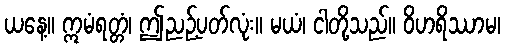
ယနေ့။ ဣမံရတ္တံ၊ ဤညဉ့်ပတ်လုံး။ မယံ၊ ငါတို့သည်။ ဝိဟရိဿာမ၊